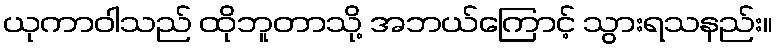
ယုကာဝါသည် ထိုဘူတာသို့ အဘယ်ကြောင့် သွားရသနည်း။